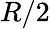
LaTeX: R/2